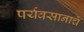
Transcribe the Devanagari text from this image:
पर्यवसानाचें